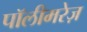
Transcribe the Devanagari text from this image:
पॉलीमरेज़